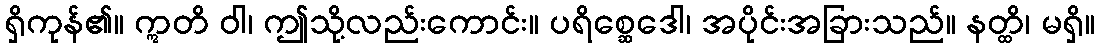
ရှိကုန်၏။ ဣတိ ဝါ၊ ဤသို့လည်းကောင်း။ ပရိစ္ဆေဒေါ၊ အပိုင်းအခြားသည်။ နတ္ထိ၊ မရှိ။